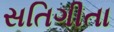
સતિગીતા